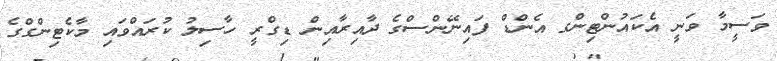
ވަސީމާ ވަނީ އެކައުންޓިންގ އެންޑް ފައިނޭންސްގެ ދާއިރާއިން ޑިގްރީ ހާސިލު ކުރައްވައި މާކެޓިންގްގެ